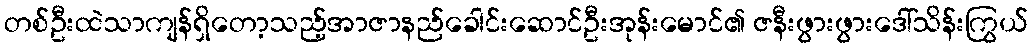
တစ်ဦးထဲသာကျန်ရှိတော့သည့်အာဇာနည်ခေါင်းဆောင်ဦးအုန်းမောင်၏ ဇနီးဖွားဖွားဒေါ်သိန်းကြွယ်